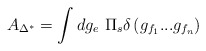
\begin{align*}A_{\Delta ^{*}}=\int dg_e\ \Pi _s\delta \left( g_{f_1}...g_{f_n}\right)\end{align*}